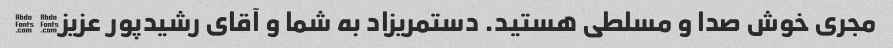
مجری خوش صدا و مسلطی هستید. دستمریزاد به شما و آقای رشیدپور عزیز� �